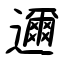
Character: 邇